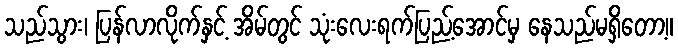
သည်သွား၊ ပြန်လာလိုက်နှင့် အိမ်တွင် သုံးလေးရက်ပြည့်အောင်မှ နေသည်မရှိတော့။